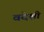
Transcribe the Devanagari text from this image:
वदेशी